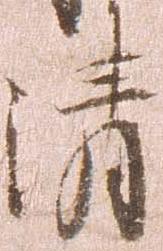
清